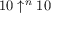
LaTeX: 1 0 \uparrow ^ { n } 1 0